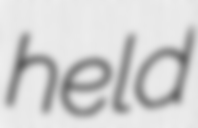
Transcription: held